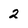
Character: 2